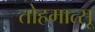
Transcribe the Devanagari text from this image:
तोहमात्सू